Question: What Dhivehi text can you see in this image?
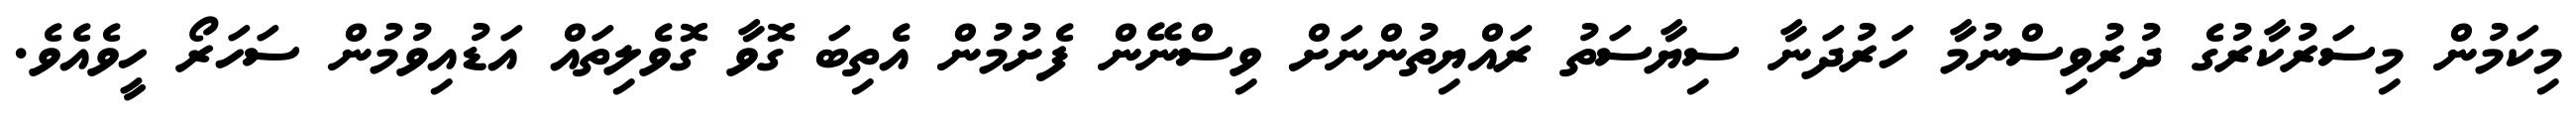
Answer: މިކަމުން މިސަރުކާރުގެ ދުރުވިސްނުމާ ހަރުދަނާ ސިޔާސަތު ރައްޔިތުންނަށް ވިސްނޭން ފެށުމުން އެތިބަ ގޮވާ ގޮވެލިތައް އަޑުއިވުމުން ސަހަރޯ ހީވެއެވެ.